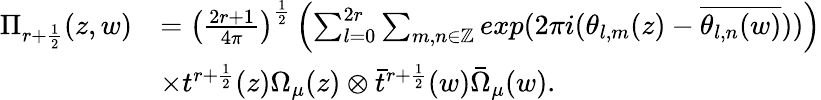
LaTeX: \begin{array}{rl}{\Pi_{r+\frac{1}{2}}(z,w)}&{=\left(\frac{2r+1}{4\pi}\right)^{\frac{1}{2}}\left(\sum_{l=0}^{2r}\sum_{m,n\in\mathbb{Z}}exp(2\pi i(\theta_{l,m}(z)-\overline{{\theta_{l,n}(w)}}))\right)}\\ &{\times t^{r+\frac{1}{2}}(z)\Omega_{\mu}(z)\otimes\bar{t}^{r+\frac{1}{2}}(w)\bar{\Omega}_{\mu}(w).}\end{array}